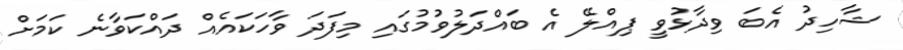
ޝާހިދު އެބަ ވިދާޅުވީ ޕިއްލޭ އެ ބައްދަލުވުމުގައި މިފަދަ ވާހަކައެއް ދައްކަވާނެ ކަމަށް